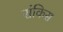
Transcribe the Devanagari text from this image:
संकिस